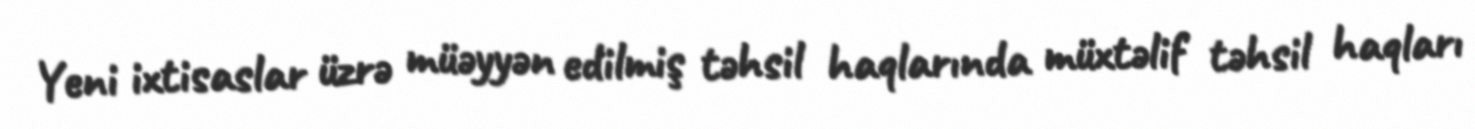
Yeni ixtisaslar üzrə müəyyən edilmiş təhsil haqlarında müxtəlif təhsil haqları